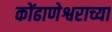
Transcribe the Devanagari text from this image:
कोंढाणेश्वराच्या